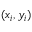
( x _ { i } , y _ { i } )